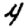
Digit: 4